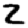
Digit: 2